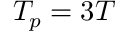
T _ { p } = 3 T